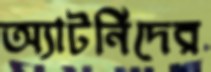
অ্যাটর্নিদের